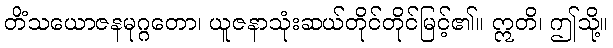
တိံသယောဇနမုဂ္ဂတော၊ ယူဇနာသုံးဆယ်တိုင်တိုင်မြင့်၏။ ဣတိ၊ ဤသို့။